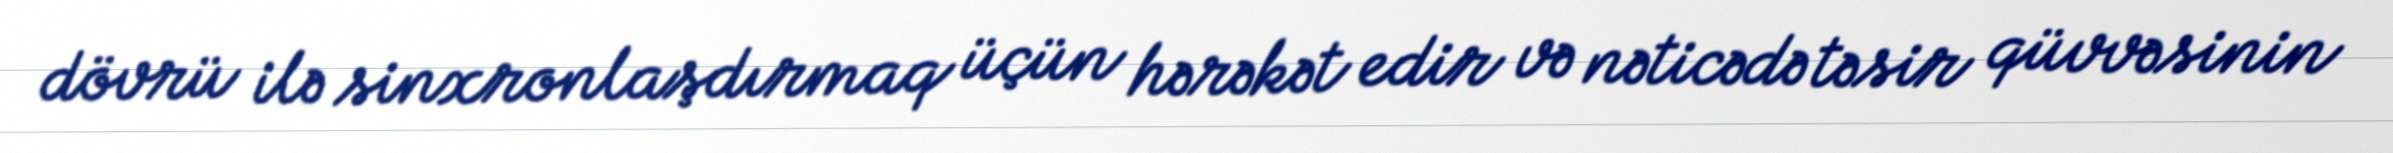
dövrü ilə sinxronlaşdırmaq üçün hərəkət edir və nəticədə təsir qüvvəsinin